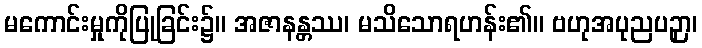
မကောင်းမှုကိုပြုခြင်း၌။ အဇာနန္တဿ၊ မသိသောရဟန်း၏။ ဗဟုအပုညပဉှာ၊